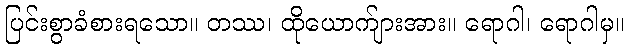
ပြင်းစွာခံစားရသော။ တဿ၊ ထိုယောက်ျားအား။ ရောဂါ၊ ရောဂါမှ။